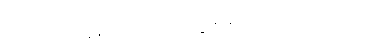
တောင်ကုန်းလေးကို တချိုးတည်း တက်တယ်။